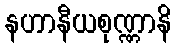
နဟာနီယစုဏ္ဏာနိ